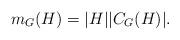
LaTeX: \begin{align*}m_G(H)=|H||C_G(H)|.\end{align*}